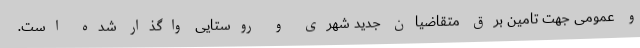
و عمومی جهت تامین برق متقاضیان جدید شهری و روستایی واگذار شده است.